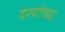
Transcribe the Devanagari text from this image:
दरर्याच्या